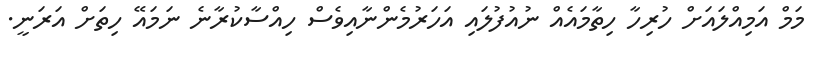
މަމް އަމިއްލައަށް ހުރިހާ ހިތާމައެއް ނުއުފުލައި އަހަރުމެންނާއިވެސް ހިއްސާކުރާނެ ނަމައޭ ހިތަށް އަރަނީ.